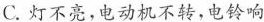
C.灯不亮，电动机不转，电铃响